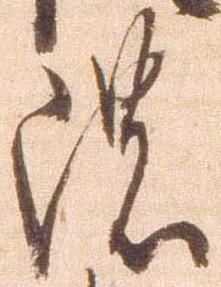
濃